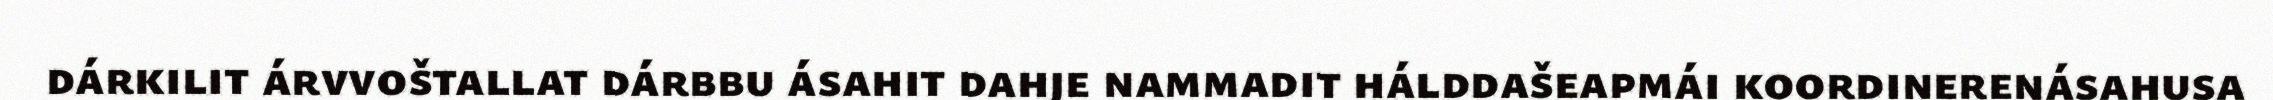
dárkilit árvvoštallat dárbbu ásahit dahje nammadit hálddašeapmái koordinerenásahusa